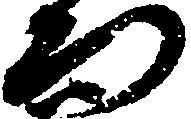
而